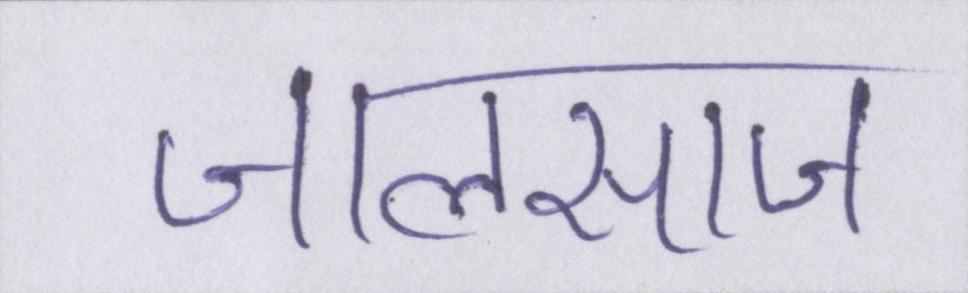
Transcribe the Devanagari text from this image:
जालसाज